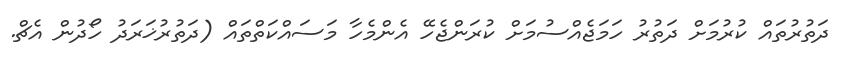
ދަތުރުތައް ކުރުމަށް ދަތުރު ހަމަޖެއްސުމަށް ކުރަންޖެހޭ އެންމެހާ މަސައްކަތްތައް (ދަތުރުޚަރަދު ހޯދުން އެޗް.